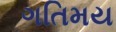
ગતિમય